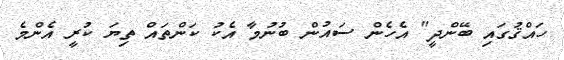
ހައްޤުގައި ބޭންދީ" އެހެން ސައުން ބުނުމާ އެކު ކަންތައް ތިޔަ ކުރީ އެންމެ